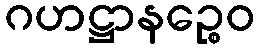
ဂဟဋ္ဌာနဉ္စေဝ